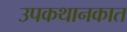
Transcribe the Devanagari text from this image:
उपकथानकात